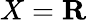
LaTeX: X=\mathbf{R}